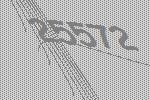
25572